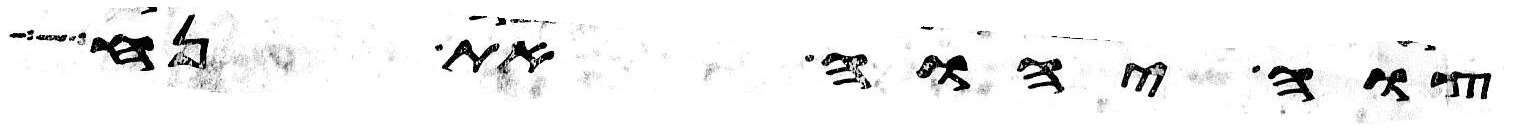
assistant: צוה יהוה את נח